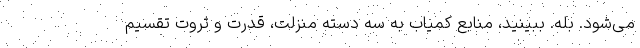
می‌شود. بله. ببینید، منابع کمیاب به سه دسته منزلت، قدرت و ثروت تقسیم